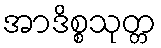
အာဒိစ္စသုတ္တ